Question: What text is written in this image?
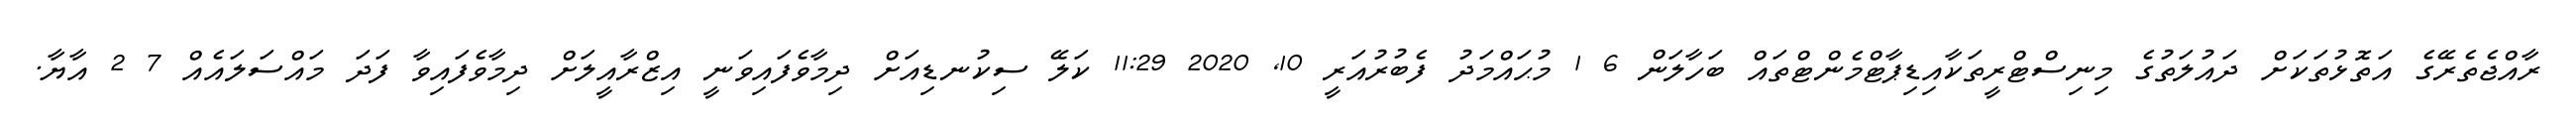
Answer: ރާއްޖެތެރޭގެ އަތޮޅުތަކަށް ދައުލަތުގެ މިނިސްޓްރީތަކާއިޑިޕާޓްމެންޓްތައް ބަހާލަން 6 1 މުޙައްމަދު ފެބުރުއަރީ 10, 2020 11:29 ކަލޭ ސިކުނޑިއަށް ދިމާވެފައިވަނީ އިޒްރާއީލަށް ދިމާވެފައިވާ ފަދަ މައްސަލައެއް 7 2 އާޔާ.